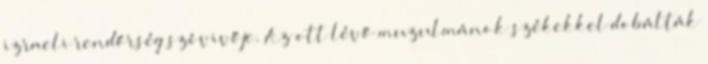
izraeli rendőrség szóvivője. Az ott lévő muzulmánok székekkel dobálták